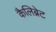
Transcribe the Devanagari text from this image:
कैलिब्रेट